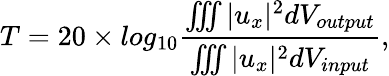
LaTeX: T=20\times log_{10}\frac{\iiint|u_{x}|^{2}dV_{output}}{\iiint|u_{x}|^{2}dV_{input}},